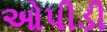
ઓપીડી